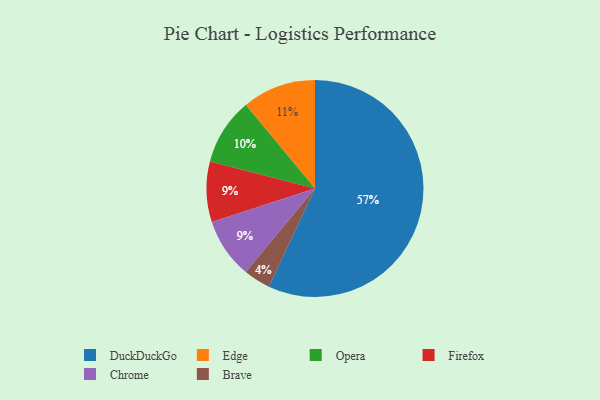
{"axis": {"x": "Category", "y": "Percentage"}, "legend": ["Brave", "Chrome", "DuckDuckGo", "Edge", "Firefox", "Opera"], "data": [{"x": "Opera", "y": 10, "type": "Opera"}, {"x": "Firefox", "y": 9, "type": "Firefox"}, {"x": "DuckDuckGo", "y": 57, "type": "DuckDuckGo"}, {"x": "Edge", "y": 11, "type": "Edge"}, {"x": "Brave", "y": 4, "type": "Brave"}, {"x": "Chrome", "y": 9, "type": "Chrome"}]}